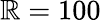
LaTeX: \mathbb{R}=100